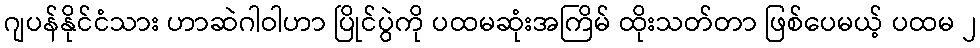
ဂျပန်နိုင်ငံသား ဟာဆဲဂါဝါဟာ ပြိုင်ပွဲကို ပထမဆုံးအကြိမ် ထိုးသတ်တာ ဖြစ်ပေမယ့် ပထမ ၂